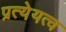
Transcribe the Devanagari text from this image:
प्रत्येयत्व